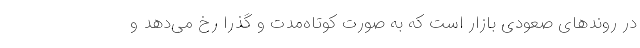
در روندهای صعودی بازار است که به صورت کوتاه‌مدت و گذرا رخ می‌دهد و